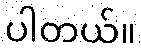
ပါတယ်။